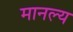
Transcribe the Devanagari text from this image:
मानल्य